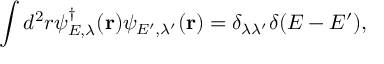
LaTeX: \displaystyle \int d ^ { 2 } r \psi _ { E , \lambda } ^ { \dag } ( { \bf r } ) \psi _ { E ^ { \prime } , \lambda ^ { \prime } } ( { \bf r } ) = \delta _ { \lambda \lambda ^ { \prime } } \delta ( E - E ^ { \prime } ) ,